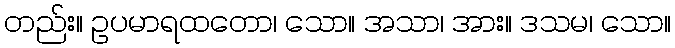
တည်း။ ဥပမာရထတော၊ သော။ အသာ၊ အား။ ဒသမ၊ သော။